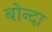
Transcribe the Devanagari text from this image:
बोन्‍दा